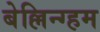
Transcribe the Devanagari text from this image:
बेल्लिन्ग्हम